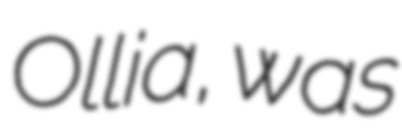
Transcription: Ollia, was